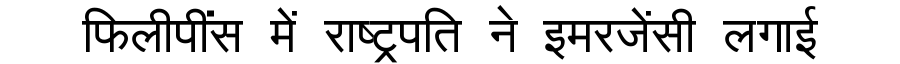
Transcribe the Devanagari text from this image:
फिलीपींस में राष्ट्रपति ने इमरजेंसी लगाई